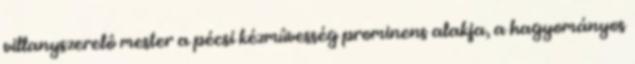
villanyszerelô mester a pécsi kézmûvesség prominens alakja, a hagyományos